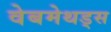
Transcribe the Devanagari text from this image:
वेबमेथड्स